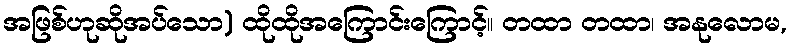
အဖြစ်ဟုဆိုအပ်သော) ထိုထိုအကြောင်းကြောင့်။ တထာ တထာ၊ အနုလောမ,